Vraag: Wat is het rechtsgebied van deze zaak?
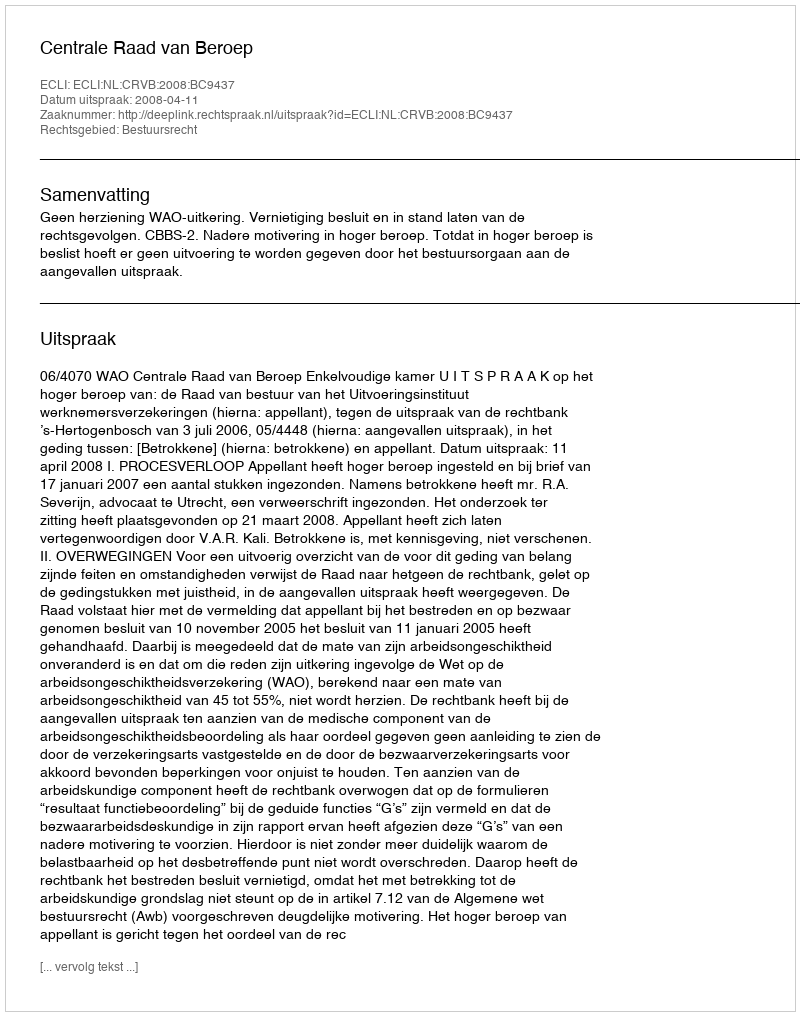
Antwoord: Bestuursrecht